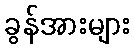
ခွန်အားများ